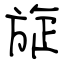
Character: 旋